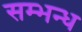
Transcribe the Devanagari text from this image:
सम्भन्ध